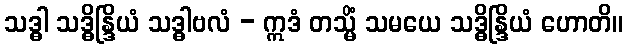
သဒ္ဓါ သဒ္ဓိန္ဒြိယံ သဒ္ဓါဗလံ - ဣဒံ တသ္မိံ သမယေ သဒ္ဓိန္ဒြိယံ ဟောတိ။